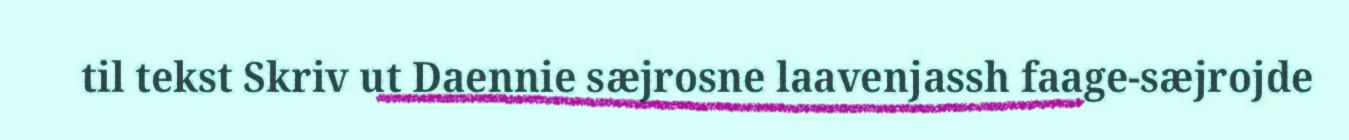
til tekst Skriv ut Daennie sæjrosne laavenjassh faage-sæjrojde